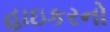
હાઇકરનો